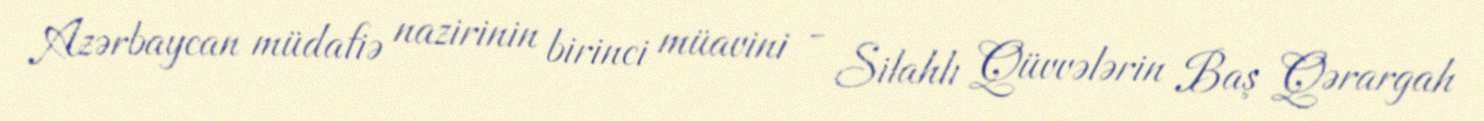
Azərbaycan müdafiə nazirinin birinci müavini - Silahlı Qüvvələrin Baş Qərargah